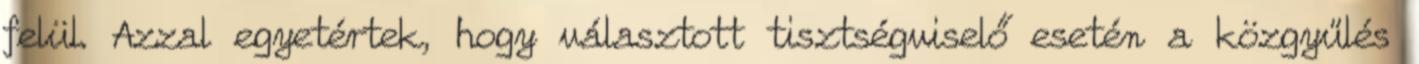
felül. Azzal egyetértek, hogy választott tisztségviselő esetén a közgyűlés